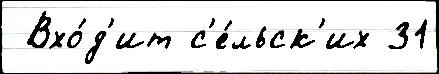
 Вхо́д'ит с'е́льск'их 31